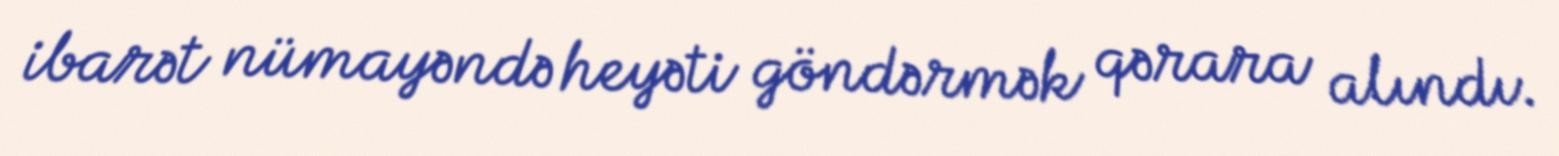
ibarət nümayəndə heyəti göndərmək qərara alındı.